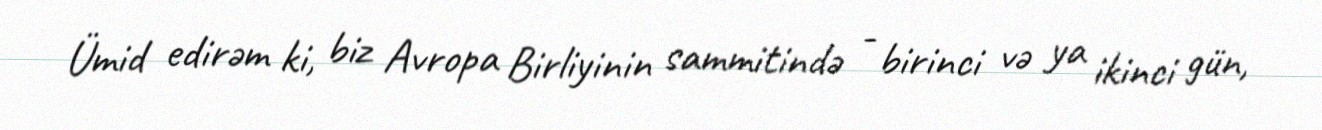
Ümid edirəm ki, biz Avropa Birliyinin sammitində - birinci və ya ikinci gün,